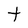
Character: t